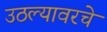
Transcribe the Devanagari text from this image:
उठल्यावरचे